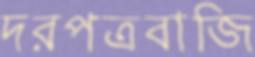
দরপত্রবাজি